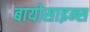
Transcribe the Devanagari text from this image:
बायोसाइन्स